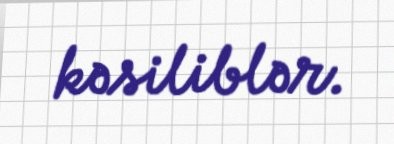
kəsiliblər.